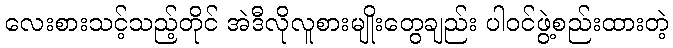
လေးစားသင့်သည့်တိုင် အဲဒီလိုလူစားမျိုးတွေချည်း ပါဝင်ဖွဲ့စည်းထားတဲ့